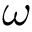
\omega